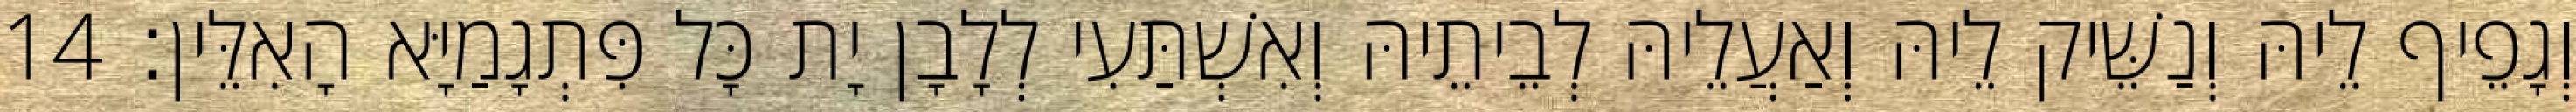
וְגָפֵיף לֵיהּ וְנַשֵּׁיק לֵיהּ וְאַעֲלֵיהּ לְבֵיתֵיהּ וְאִשְׁתַּעִי לְלָבָן יָת כָּל פִּתְגָמַיָּא הָאִלֵּין׃ 14